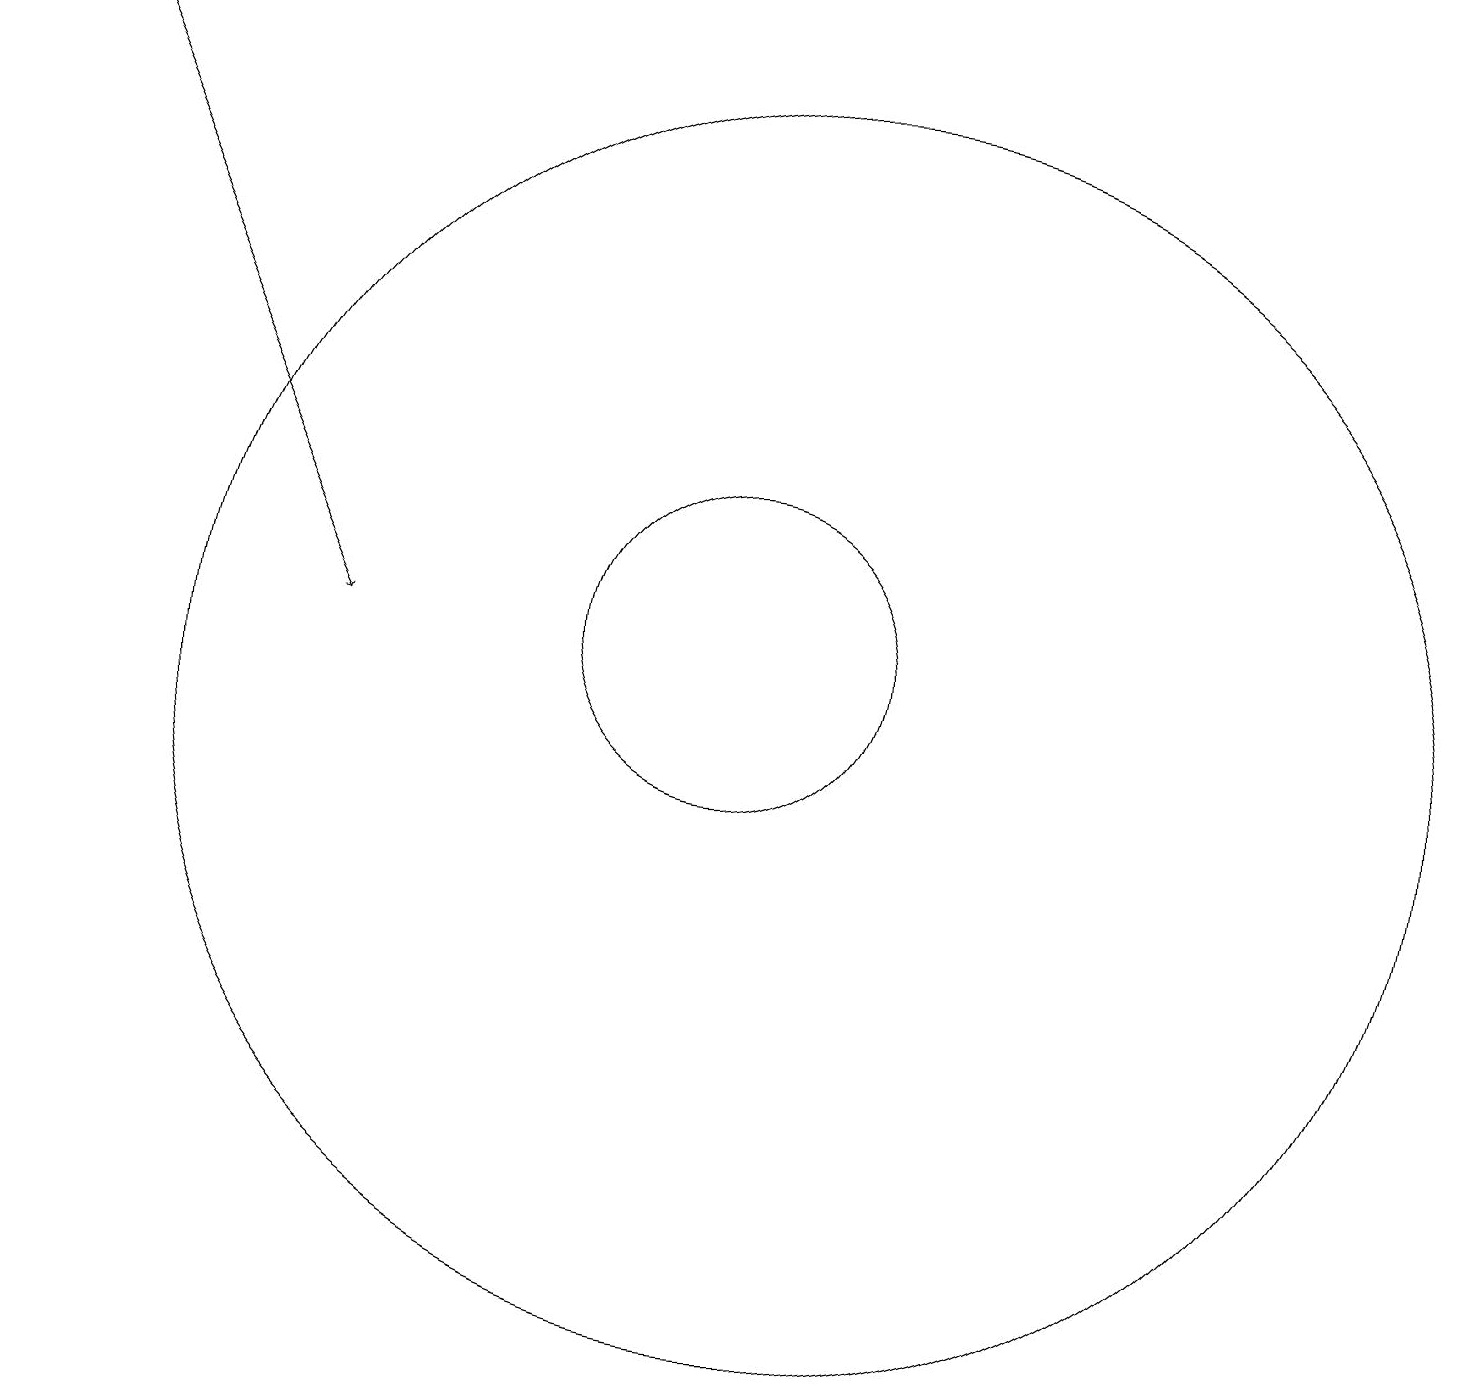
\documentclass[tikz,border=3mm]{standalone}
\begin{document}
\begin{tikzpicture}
\draw[->] (1,19) -- (5,11);
\draw (10,11) circle (2);
\draw (10,10) circle (0);
\draw (11,10) circle (8);
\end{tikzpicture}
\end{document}